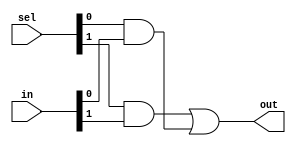
/**@file
 * @brief     One-hot Multiplexer 
 * @author    Igor Lesik
 * @copyright Igor Lesik 2014
 *
 */

/* verilator lint_off UNOPTFLAT */

module Mux1hot
#(parameter INPUTS = 2,
  parameter WIDTH  = 1)
(
  input  [WIDTH*INPUTS-1:0] in,
  input  [INPUTS-1:0]       sel,
  output [WIDTH-1:0]        out
);
  wire [WIDTH-1:0] oarr [0:INPUTS];
  assign oarr[INPUTS] = {WIDTH{1'b0}};
  assign out = oarr[0];

  genvar input_id;
  generate
    for (input_id = 0; input_id < INPUTS; input_id = input_id + 1)
    begin
      assign oarr[input_id] = oarr[input_id+1] | {WIDTH{sel[input_id]}} & in[input_id*WIDTH +: WIDTH];
    end
  endgenerate

endmodule

/* verilator lint_off DECLFILENAME */

//`define MUX1HOT_MANUAL_UNROLL

module Mux1hot3 #(parameter WIDTH=1)
(
  input  [WIDTH-1:0]   in0,
  input  [WIDTH-1:0]   in1,
  input  [WIDTH-1:0]   in2,
  input  [3-1:0]       sel,
  output [WIDTH-1:0]   out
);
`ifdef MUX1HOT_MANUAL_UNROLL
  assign out =  ({WIDTH{sel[0]}} & in0) | ({WIDTH{sel[1]}} & in1) | ({WIDTH{sel[2]}} & in2);
`else
  Mux1hot #(.WIDTH(WIDTH), .INPUTS(3))
    mux1h3(.in({in2,in1,in0}), .sel(sel), .out(out));
`endif
endmodule

module Mux1hot8 #(parameter WIDTH=1)
(
  input  [WIDTH-1:0]   in0,
  input  [WIDTH-1:0]   in1,
  input  [WIDTH-1:0]   in2,
  input  [WIDTH-1:0]   in3,
  input  [WIDTH-1:0]   in4,
  input  [WIDTH-1:0]   in5,
  input  [WIDTH-1:0]   in6,
  input  [WIDTH-1:0]   in7,
  input  [8-1:0]       sel,
  output [WIDTH-1:0]   out
);

  Mux1hot #(.WIDTH(WIDTH), .INPUTS(8))
    mux1h8(.in({in7,in6,in5,in4,in3,in2,in1,in0}), .sel(sel), .out(out));
endmodule

/* verilator lint_on DECLFILENAME */
/* verilator lint_on UNOPTFLAT */